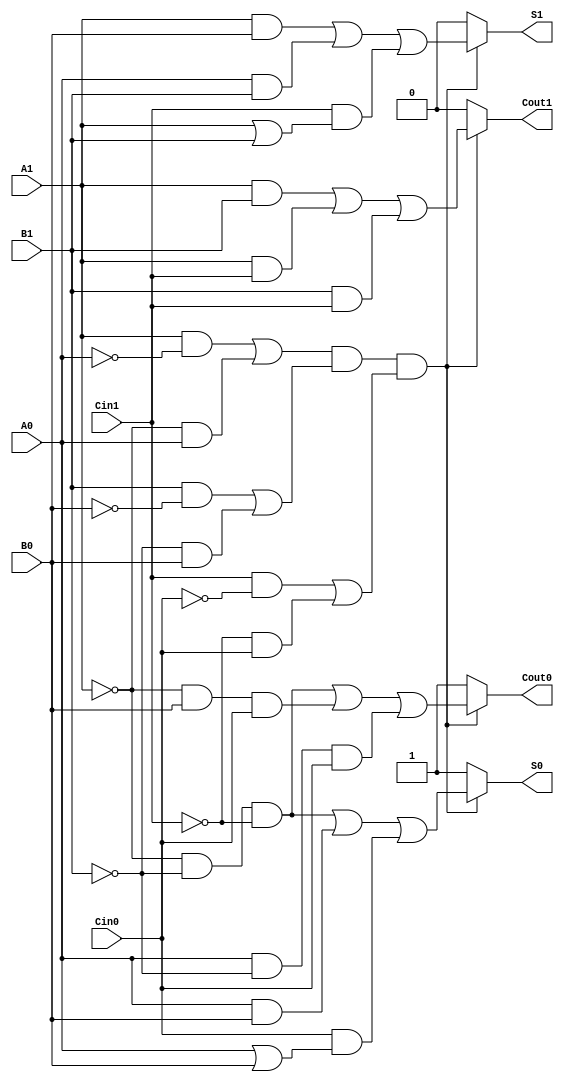
module dual_rail_full_adder (
    input wire A1, A0,  // Dual-rail representation of input A
    input wire B1, B0,  // Dual-rail representation of input B
    input wire Cin1, Cin0, // Dual-rail representation of carry-in
    output reg S1, S0,   // Dual-rail representation of sum output
    output reg Cout1, Cout0 // Dual-rail representation of carry-out output
);

    // Internal signals for valid states
    wire A_valid = (A1 & ~A0) | (~A1 & A0); // A is valid if either A1 or A0 is high, but not both
    wire B_valid = (B1 & ~B0) | (~B1 & B0); // B is valid if either B1 or B0 is high, but not both
    wire Cin_valid = (Cin1 & ~Cin0) | (~Cin1 & Cin0); // Cin is valid if either Cin1 or Cin0 is high, but not both

    // Sum calculation
    always @(*) begin
        if (A_valid && B_valid && Cin_valid) begin
            S1 = (A1 & B0) | (A0 & B1) | (Cin1 & (A1 | B1)); // S1 = A XOR B XOR Cin
            S0 = (~A1 & ~B1 & ~Cin1) | (A0 & B0) | (Cin0 & (A0 | B0)); // S0 = A XOR B XOR Cin
        end else begin
            S1 = 0; // Invalid state
            S0 = 1; // Invalid state
        end
    end

    // Carry calculation
    always @(*) begin
        if (A_valid && B_valid && Cin_valid) begin
            Cout1 = (A1 & B1) | (A1 & Cin1) | (B1 & Cin1); // Cout1 = Majority(A, B, Cin)
            Cout0 = (~A1 & ~B1 & ~Cin1) | (~A1 & B0 & Cin0) | (A0 & ~B1 & Cin0); // Cout0 = Majority(A, B, Cin)
        end else begin
            Cout1 = 0; // Invalid state
            Cout0 = 1; // Invalid state
        end
    end

endmodule